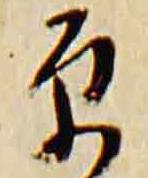
原